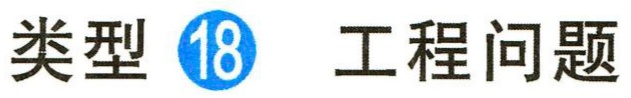
类型 \textcircled{18} 工程问题